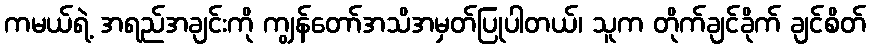
ကမယ်ရဲ့ အရည်အချင်းကို ကျွန်တော်အသိအမှတ်ပြုပါတယ်၊ သူက တိုက်ချင်ခိုက် ချင်စိတ်